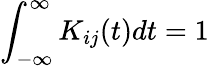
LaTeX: \int_{-\infty}^{\infty}K_{ij}(t)dt=1